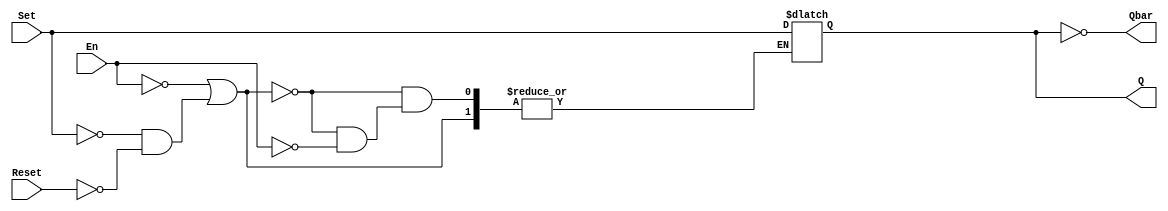
module onebitSRlatch (Set , Reset, En, Q, Qbar);

 input Set;
 input Reset;
 input En;
 
 output reg Q;
 output wire Qbar; 
 

 assign Qbar = ~Q;
	always @(*)
	begin
		if ((!En)||(Set == 0 && Reset == 0))
		begin
			Q = Q;
		end
		else if(En)
		begin
			if(Set != Reset)
			begin
				Q = Set;
			end
			else
			begin
				Q = 1'bx;
			end
		end
	end
endmodule